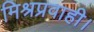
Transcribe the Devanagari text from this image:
मिश्रप्रवाही।